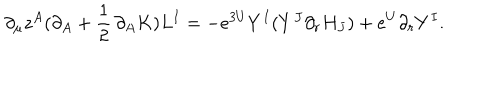
LaTeX: \partial _ { \mu } z ^ { A } ( \partial _ { A } + { \frac { 1 } { 2 } } \, \partial _ { A } K ) L ^ { I } = - e ^ { 3 U } Y ^ { I } ( { Y } ^ { J } \partial _ { r } H _ { J } ) + e ^ { U } \partial _ { r } Y ^ { I } .